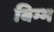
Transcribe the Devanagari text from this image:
बिम्भ